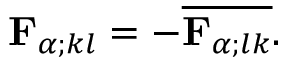
{ \mathbf { F } } _ { \alpha ; k l } = - \overline { { { \mathbf { F } } _ { \alpha ; l k } } } .